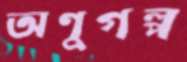
অণুগল্প